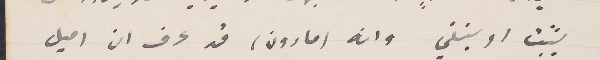
يثبت او ينفي وانه (مارون) قد عرف ان اميل